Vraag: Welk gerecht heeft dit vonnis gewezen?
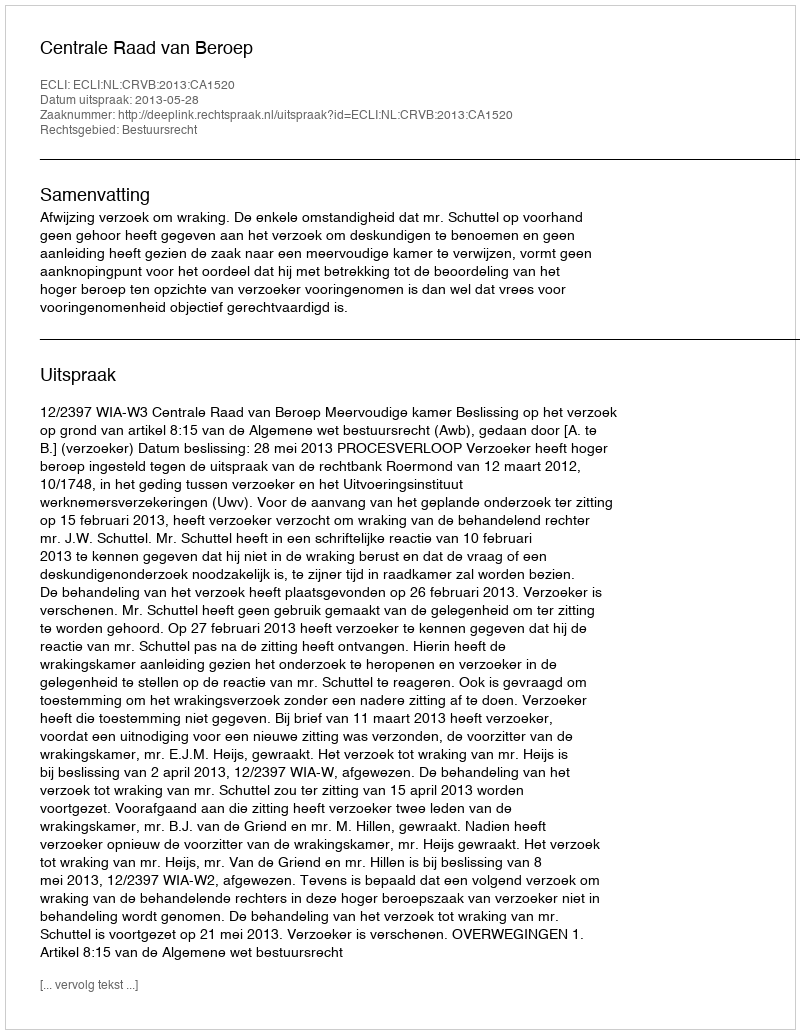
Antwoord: Centrale Raad van Beroep